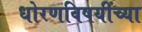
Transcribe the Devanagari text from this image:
धोरणविषयींच्या